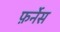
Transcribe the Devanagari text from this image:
फ़र्नेस